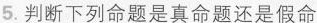
5.判断下列命题是真命题还是假命题，